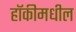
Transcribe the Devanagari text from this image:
हॉकीमधील